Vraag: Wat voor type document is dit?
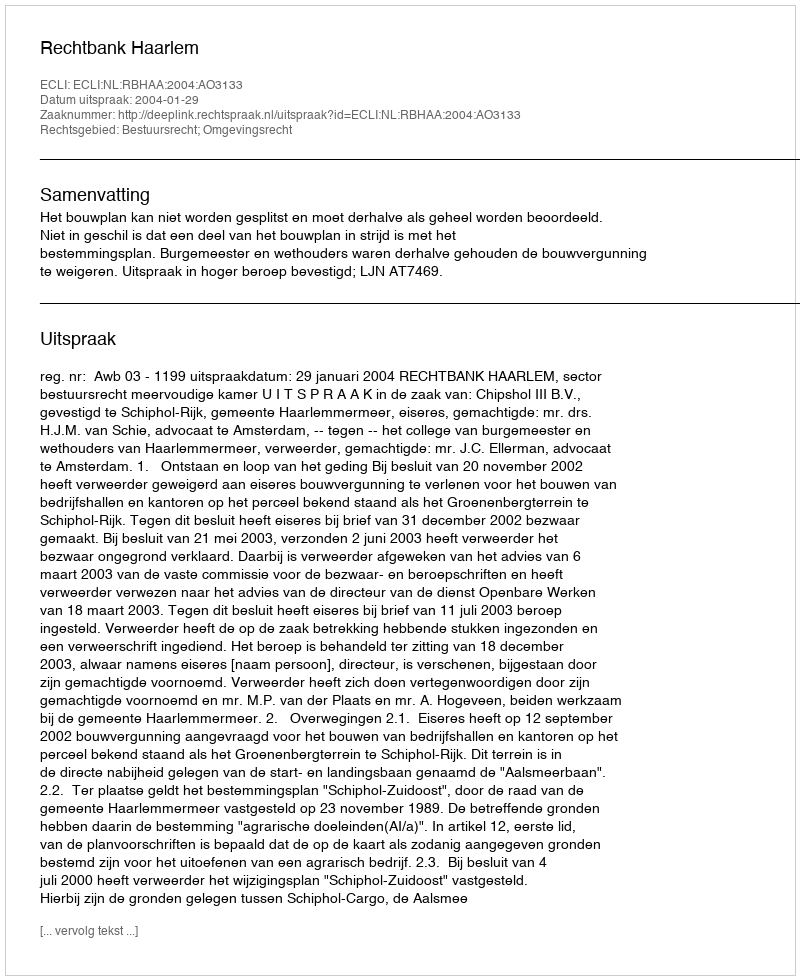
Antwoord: Uitspraak